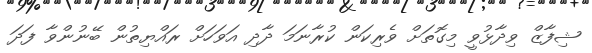
ޝިފާޒް ވިދާޅުވީ މިގޮތަށް ވެރިކަން ކުރާނަމަ ދާދި އަވަހަށް ރައްޔިތުން ބޭނުންވާ ފަދަ